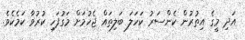
އަދި މީގެ އިތުރުން ކެންސަރު ކަހަަލަ ބަލިތައް ޖެހުމަށް މަގުފަހި ކުރުވާ ކަމެކެވެ.